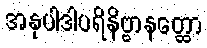
အနုပါဒါပရိနိဗ္ဗာနတ္ထော